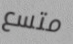
متسع